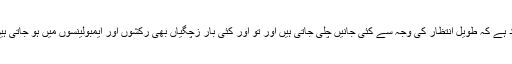
حد ہے کہ طویل انتظار کی وجہ سے کئی جانیں چلی جاتی ہيں اور تو اور کئی بار زچگیاں بھی رکشوں اور ایمبولینسوں میں ہو جاتی ہیں۔